Lunatic asylums Madras 1892-1911 - 1892-1911
Year: 1892
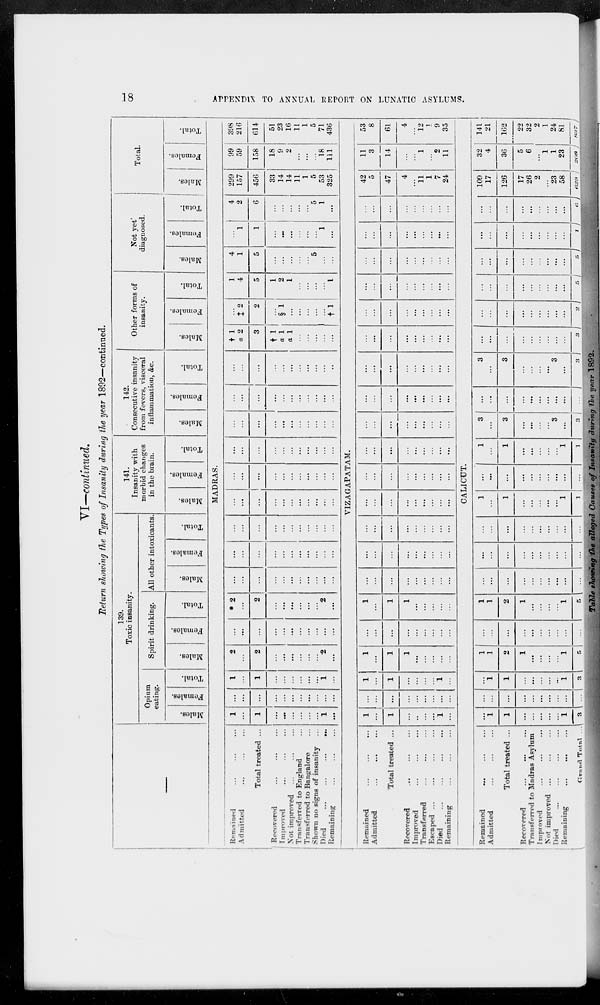
18
APPENDIX TO ANNUAL REPORT ON LUNATIC ASYLUMS.
VI—continued.
Return showing the Types of Insanity during the year 1892—continued.
—
139.
Toxic insanity.
Opium
eating.
Males.
Females.
Total.
Spirit drinking.
Males.
Females.
Total.
All other intoxicants
Males.
Females.
Total.
141.
Insanity with
morbid changes
in the brain.
Males.
Females.
Total.
142.
Consecutive insanity
from fevers, visceral
inflammation, &c.
Males.
Females.
Total.
Other forms of
insanity.
Males.
Females.
Total.
Not yet'
diagnosed.
Males.
Females.
Total.
Total.
Males.
Females.
Total.
MADRAS.
Remained ... ... ...
Admitted ... ... ...
Total treated ...
Recovered ... ... ...
Improved ... ... ...
Not improved ... ... ...
Transferred to England ...
Transferred to Bangalore ...
Shown no signs of insanity ...
Died
...
...
...
...
Remaining ... ... ...
1
...
1
...
...
...
...
...
...
1
...
...
...
...
...
...
...
...
...
...
...
...
1
...
1
...
...
...
...
...
...
1
...
2
...
2
...
...
...
...
...
...
2
...
...
...
...
...
...
...
...
...
...
...
...
* 2
...
2
...
...
...
...
...
...
2
...
...
...
...
...
...
...
...
...
...
...
...
...
...
...
...
...
...
...
...
...
...
...
...
...
...
...
...
...
...
...
...
...
...
...
...
...
...
...
...
...
...
...
...
...
...
...
...
...
...
...
...
...
...
...
...
...
...
...
...
...
...
...
...
...
...
...
...
...
...
...
...
...
...
...
...
...
...
...
...
...
...
...
...
...
...
...
...
...
...
...
...
...
...
...
...
...
...
...
...
† 1
a 2
3
† 1
a 1
a 1
...
...
...
...
...
...
‡ 2
2
...
§ 1
...
...
...
...
...
† 1
1
4
5
1
2
1
...
...
...
...
1
4
1
5
...
...
...
...
...
5
...
...
...
1
1
...
...
...
...
...
...
1
...
4
2
6
...
...
...
...
...
5
1
...
299
157
456
33
14
14
11
1
5
53
325
99
59
158
18
9
2
...
...
...
18
111
398
216
614
51
23
16
11
1
5
71
436
VIZAGAPATAM.
Remained ... ... ...
Admitted ... ... ...
Total treated ...
Recovered ... ... ...
Improved ... ... ...
Transferred ... ... ...
Escaped ... ... ... ...
Died
...
...
...
...
Remaining ... ... ...
1
...
1
...
...
...
...
1
...
...
...
...
...
...
...
...
...
...
1
...
1
...
...
...
...
1
...
1
...
1
1
...
...
...
...
...
...
...
...
...
...
...
...
...
...
1
...
1
1
...
...
...
...
...
...
...
...
...
...
...
...
...
...
...
...
...
...
...
...
...
...
...
...
...
...
...
...
...
...
...
...
...
...
...
...
...
...
...
...
...
...
...
...
...
...
...
...
...
...
...
...
...
...
...
...
...
...
...
...
...
...
...
...
...
...
...
...
...
...
...
...
...
...
...
...
...
...
...
...
...
...
...
...
...
...
...
...
...
...
...
...
...
...
...
...
...
...
...
...
...
...
...
...
...
...
...
...
...
...
...
...
...
...
...
...
...
...
...
...
...
...
...
...
...
...
...
...
...
...
...
...
...
...
...
...
...
...
...
...
42
5
47
4
...
11
1
7
24
11
3
14
...
...
1
...
2
11
53
8
61
4
...
12
1
9
35
CALICUT.
Remained ... ... ...
Admitted ... ... ...
Total treated ...
Recovered ... ... ...
Transferred to Madras Asylum
Improved ... ... ...
Not improved ... ... ...
Died
...
...
...
...
Remaining ... ... ...
Grand
Total ...
...
1
1
...
...
...
...
...
1
3
...
...
...
...
...
...
...
...
...
...
...
1
1
...
...
...
...
...
1
3
1
1
2
1
...
...
...
...
1
5
...
...
...
...
...
...
...
...
...
...
1
1
2
1
...
...
...
...
1
5
...
...
...
...
...
...
...
...
...
...
...
...
...
...
...
...
...
...
...
...
...
...
...
...
...
...
...
...
...
...
1
...
1
...
...
...
...
...
1
1
...
...
...
...
...
...
...
...
...
...
1
...
1
...
...
...
...
...
1
1
3
...
3
...
...
...
...
3
...
3
...
...
...
...
...
...
...
...
...
...
3
...
3
...
...
...
...
3
...
3
...
...
...
...
...
...
...
...
...
3
...
...
...
...
...
...
...
...
...
2
...
...
...
...
...
...
...
...
...
5
...
...
...
...
...
...
...
...
...
5
...
...
...
...
...
...
...
...
...
1
...
...
...
...
...
...
...
...
...
6
109
17
126
17
26
2
...
23
58
629
32
4
36
5
6
...
1
1
23
208
141
21
162
22
32
2
1
24
81
837